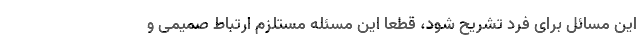
این مسائل برای فرد تشریح شود، قطعا این مسئله مستلزم ارتباط صمیمی و